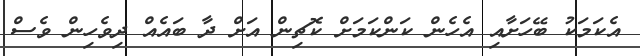
އެކަމަކު ބޭހަށާއި އެހެން ކަންކަމަށް ކޮޗިން އަށް ދާ ބައެއް ދިވެހިން ވެސް